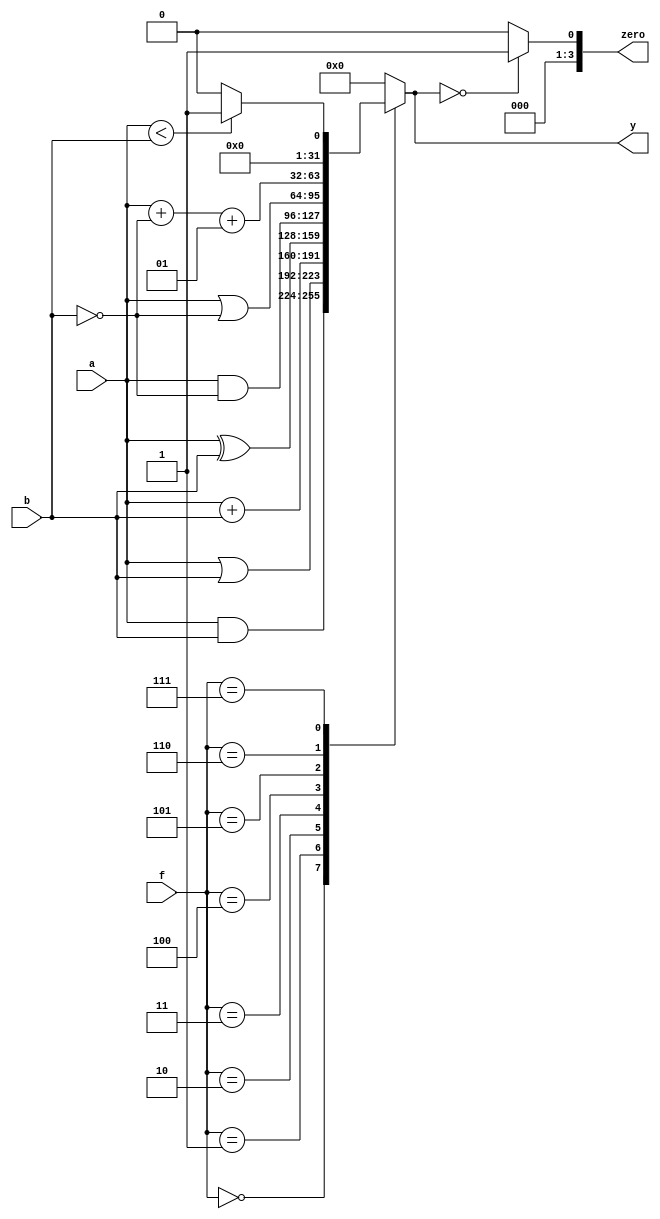
`timescale 1ns / 1ps
//////////////////////////////////////////////////////////////////////////////////
// Company: 
// Engineer: 
// 
// Design Name: 
// Module Name: ALU
// Project Name: 
// Target Devices: 
// Tool Versions: 
// Description: 
// 
// Dependencies: 
// 
// Revision:
// Revision 0.01 - File Created
// Additional Comments:
// 
//////////////////////////////////////////////////////////////////////////////////


module ALU(
   input signed [31:0] a, b,
   input [3:0] f,
   output signed [31:0] y,
   output [3:0] zero
   //output [32:0] aver 
   );
     
   reg signed [31:0] result;
   
    
   always @ (*)
   case (f)
   0: result = a & b;
   1: result = a | b;
   2: result = a + b;
   3: result = a ^ b;
   4: result = a & ~b;
   5: result = a | ~b;
   6: result = a + ~b + 1;
   7: result = (a < b) ? 1 : 0;
   default: result = 0;
   endcase
   
   //assign aver = y; 
   assign zero = (y == 0) ? 1 : 0;
   assign y = result;
    
endmodule